Vaccine operations Central Provinces 1886-1899 - 1886-1899
Year: 1886
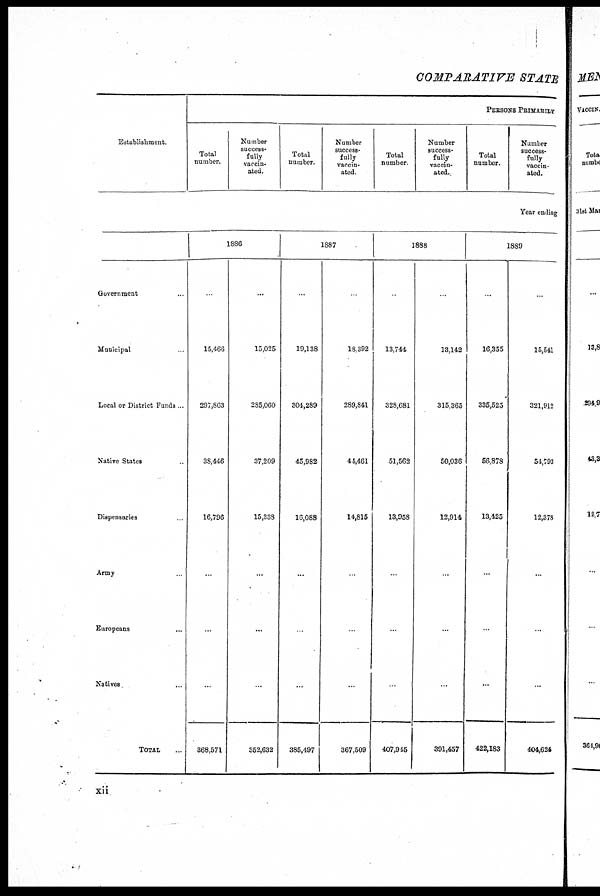
COMPARATIVE STATE
Establishment.
Government ...
Municipal ...
Local or District Funds ...
Native States ...
Dispensaries ...
Army ...
Europeans ...
Natives ...
TOTAL ...
PERSONS PRIMARILY
Total
number.
Number
success¬
fully
vaccin-
ated.
Total
number.
Number
success-
fully
vaccin-
ated.
Total
number.
Number
success-
fully
vaccin-
ated.
Total
number.
Number
success-
fully
vaccin-
ated.
Year ending
1886
...
15,466
297,863
38,446
16,796
...
...
...
368,571
...
15,025
285,060
37,209
15,338
...
...
...
352,632
1887
...
19,138
304,289
45,982
16,088
...
...
...
385,497
...
18,392
289,841
44,461
14,815
...
...
...
367,509
1888
...
13,744
328,681
51,562
13,958
...
...
...
407,945
...
13,142
315,365
50,036
12,914
...
...
...
391,457
1889
...
16,355
335,525
56,878
13,425
...
...
...
422,183
...
15,541
321,912
54,793
12,378
...
...
...
404,624
xii